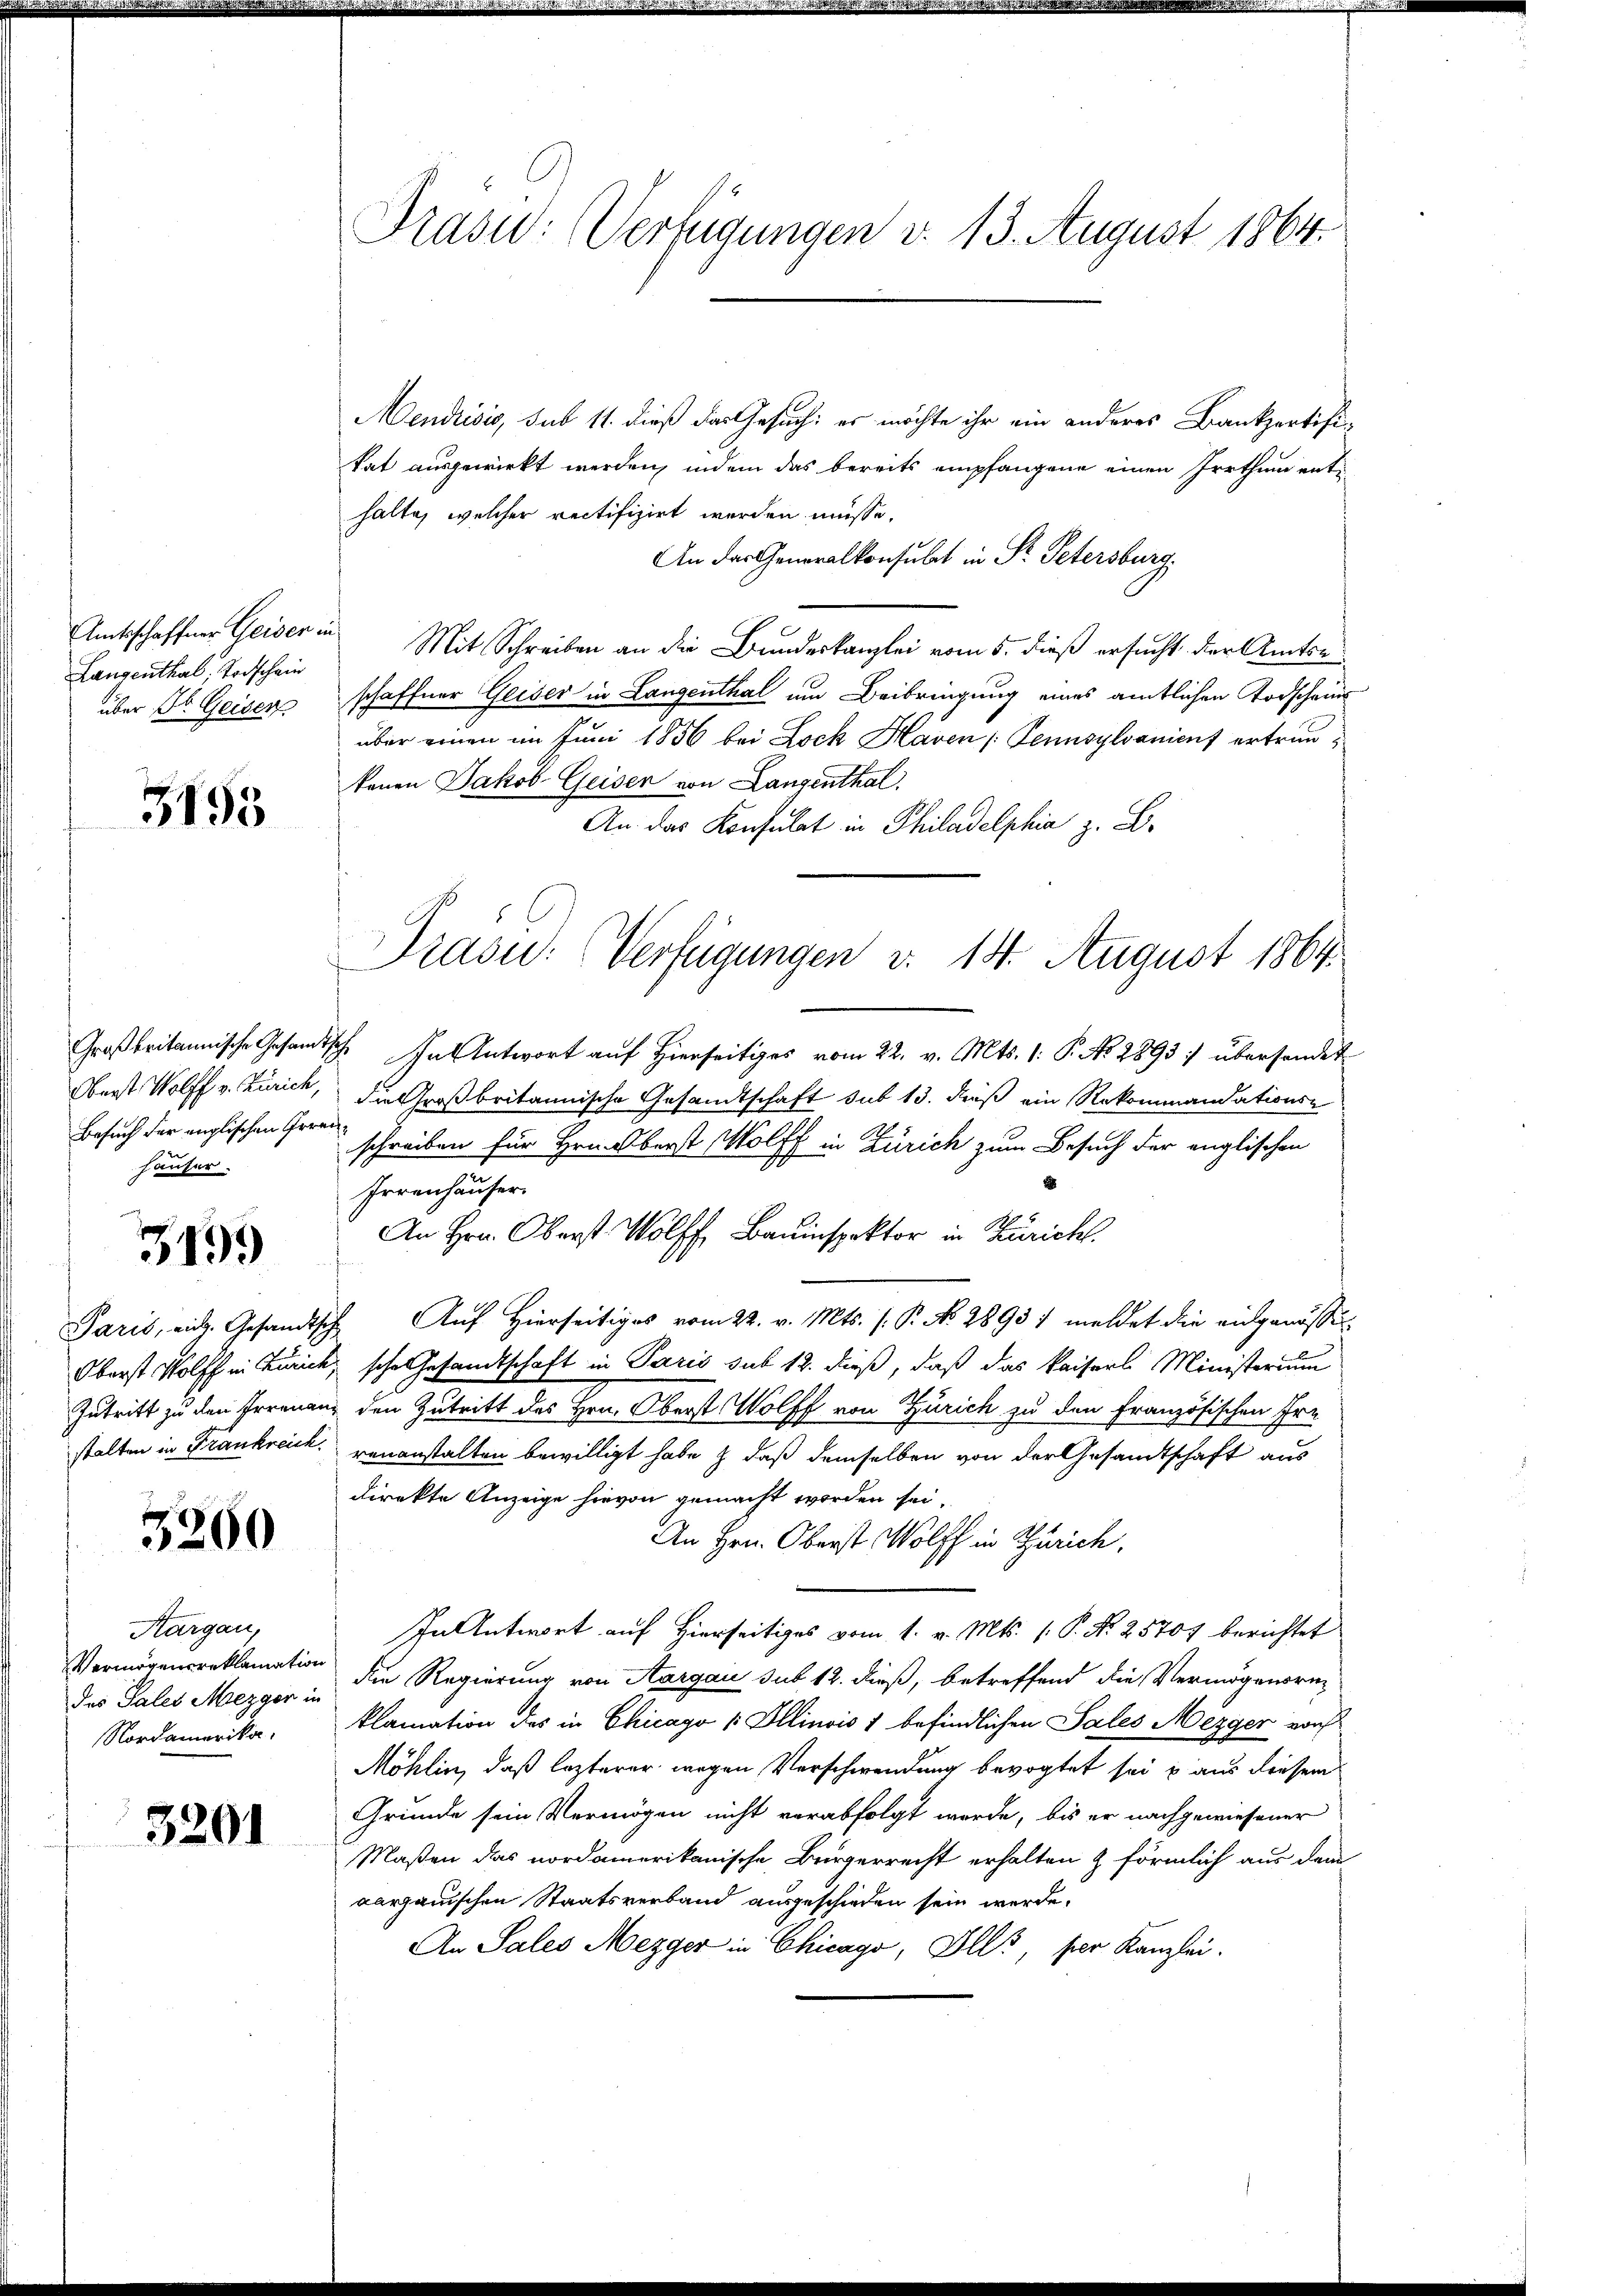
Langenthal. Todschein
über St. Geiser

3195

Oberst. Wolff v. Zürich,
Besuch der englischen Irrenhäuser.

3199

3260

Aargau,
des Pales Mezger in
Nordamerika.

3201

Prasid: Verfügungen v. 13. August 1864.

Mendrisis, sub 11. dieß das Gesuch: es möchte ihr ein anderes Bankpartifi-
kat ausgewirkt werden, indem das bereits empfangene einen Irrthum enti
halte, welcher rectifizirt werden müsse.
An das Generalkonsulat in St. Petersburg,
Amtsschaffner Geiser in Mit Schreiben an die Bundeskanzlei vom 5. dieß ersucht der Amtse
schaffner Geiser in Langenthal um Beibringung eines amtlichen Todscheins
über einen im Juni 1856 bei Lock Haven (Pennsylvanient ertraukenen Jakob Geiser von Langenthal.
An das Konsulat in Philadelphia z. B.
Großbritannische Gesandtsch. In Antwort auf Hierseitiges vom 22. v. Mts. 1. P. No. 2893 :/ übersendet
die Großbritannische Gesandtschaft sub 13. dieß ein Rekommandations-
schreiben für Hrn. Oberst Wölff in Zürich zum Besuch der englischen
1
Irrenhauser
An Hrn. Oberst Wolff Bauinspektor in Zürich.
Paris, eidg. Gesandtsche Auf hierseitiges vom 22. v. Mts. (: P. No. 2893 1 meldet die eidgenössig
Oberst Wolff in Zürich, sche Gesandtschaft in Paris sub 12. dieß, daß das Kaiserl Ministerium
Intritt zu den Frrenanz den Zutritt des Hrn. Oberst Wolff von Zürich zu den Französischen Fre
stalten in Frankreich venanstalten bewilligt habe & daß demselben von der Gesandtschaft aus
direkte Anzeige hievon gemacht worden sei.
An Hrn. Oberst Wolff in Zürich,
In Antwort auf Hierseitiges vom 1. v. Mts. 1. P. Nr. 25707 berichtet
Vermögensreklamation die Regierung von Aargau sub 12. dieß, betreffend die Vermögensri
klamation des in Chicago / Illinois 1 befindlichen Sales Mezger von
Möhlin, daß lezterer wegen Verschwendung bevogtet sei u. aus diesem
Gründe sein Vermögen nicht verabfolgt werde, bis er nachgewiesener
Maßen das nordamerikanische Bürgerrecht erhalten & förmlich aus dem
aargauischen Staatsverband ausgeschieden sein werde.
An Sales Mezger in Chicago, Ills, per Kanzlei.

Präsid.: Verfügungen d. 14. August 1864.